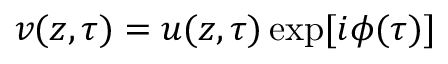
v ( z , \tau ) = u ( z , \tau ) \exp [ i \phi ( \tau ) ]